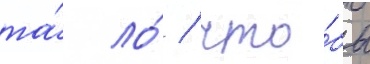
та́ ло́ / что́бы